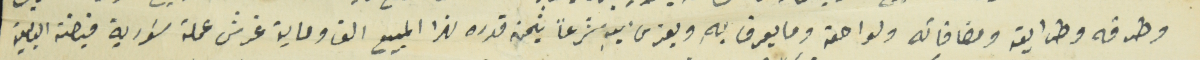
وطرقه وطرايقه ومضافاته ولواحقه وما يعرف بهِ ويعزى اليهِ شرعاً بثمن قدره لهذا المبيع الف وماية غرش عملة سَورية قبضته البايعة